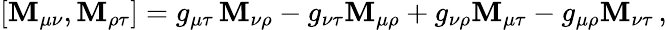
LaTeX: [\mathbf{M}_{\mu\nu},\mathbf{M}_{\rho\tau}]=g_{\mu\tau}\, \mathbf{M}_{\nu\rho}-g_{\nu\tau}\mathbf{M}_{\mu\rho}+g_{\nu\rho}\mathbf{M}_{\mu\tau}-g_{\mu\rho}\mathbf{M}_{\nu\tau}\, ,